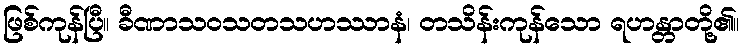
ဖြစ်ကုန်ပြီ။ ခီဏာသဝသတသဟဿာနံ၊ တသိန်းကုန်သော ရဟန္တာတို့၏။